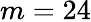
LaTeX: m=24